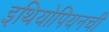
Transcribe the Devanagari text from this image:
इथियोपियनची